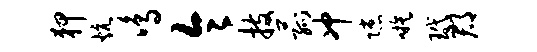
狎炕鸣令技菰冲隙嗾玳郡